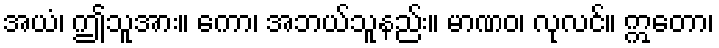
အယံ၊ ဤသူအား။ ကော၊ အဘယ်သူနည်း။ မာဏဝ၊ လုလင်။ ဣတော၊